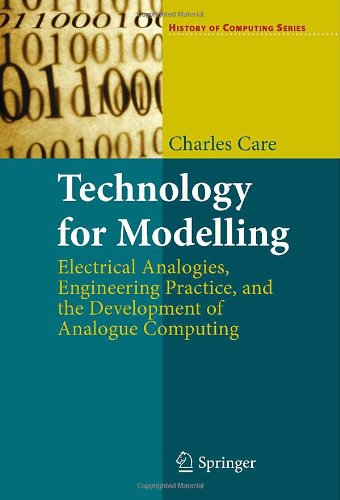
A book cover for Technology for Modelling: Electrical Analogies, Engineering Practice, and the Development of Analogue Computing (History of Computing); Charles Care; Computers & Technology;